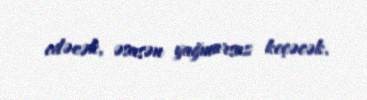
edəcək, əsasən yağmursuz keçəcək.